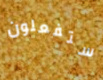
ستفعلون